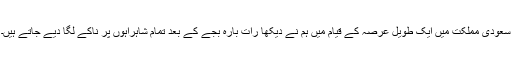
سعودی مملکت میں ایک طویل عرصہ کے قیام میں ہم نے دیکھا رات بارہ بجے کے بعد تمام شاہراہوں پر ناکے لگا دیے جاتے ہیں۔